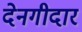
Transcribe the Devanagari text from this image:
देनगीदार